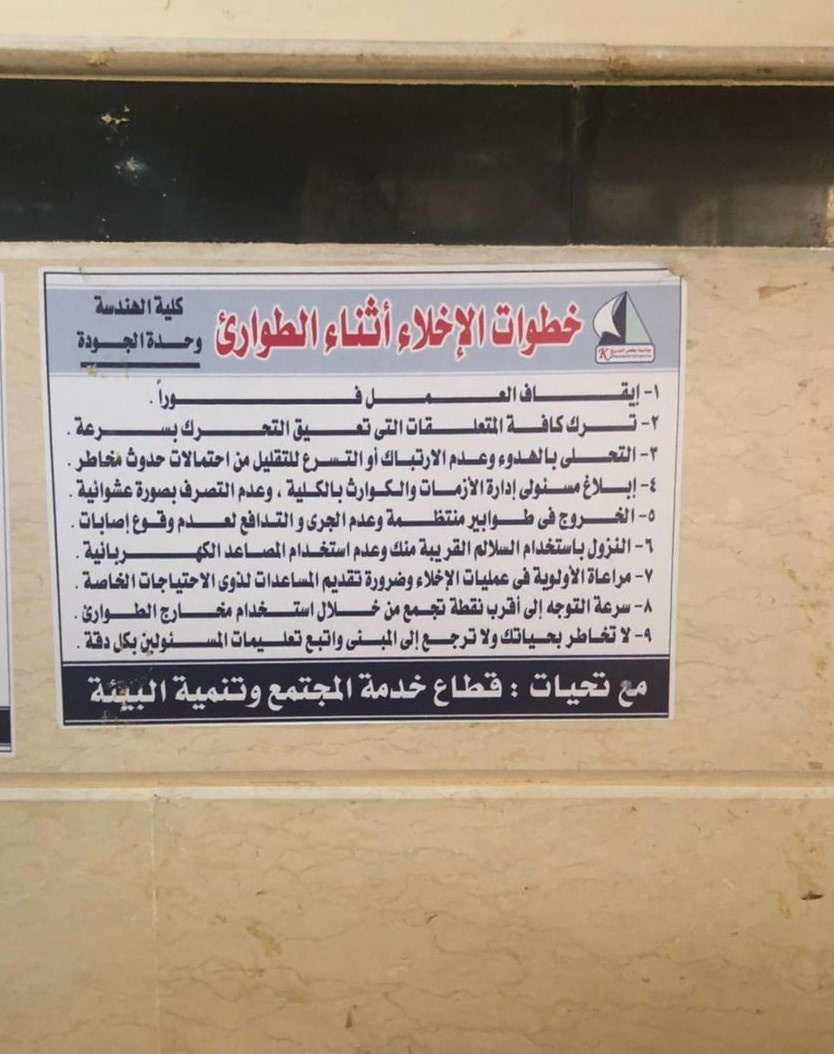
Text in image: الهندسة كلية أثناء خطوات الإخلاء الطوارئ وحدة الجودة إيقاف العمل فورا كافة ترك المتعلقات التحرك تعيق بسرعة التى التحلى الارتباك احتمالات بالهدوء للتقليل حدوث مخاطر أو التسرع وعدم من إبلاغ الأزمات مسئولى إدارة بالكلية التصرف والكوارث عشوائية بصورة وعدم منتظمة الخروج فى طوابير وعدم لعدم الجرى وقوع والتدافع إصابات النزول باستخدام السلالم القريبة منك المصاعد استخدام وعدم الكهربائية المساعدات الأولوية عمليات مراعاة فى لذوى الإخلاء تقديم وضرورة الخاصة الاحتياجات سرعة نقطة أقرب استخدام التوجه إلى من خلال تجمع الطوارئ مخارج لا تخاطر ولا بحياتك ترجع المبنى تعليمات واتبع دقة إلى المسئولين بكل خدمة تحيات قطاع المجتمع مع وتنمية البيئة